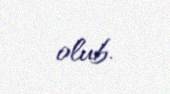
olub.